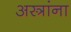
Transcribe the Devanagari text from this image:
अस्त्रांना